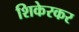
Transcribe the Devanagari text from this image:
शिकेरकर